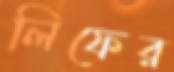
লিফের